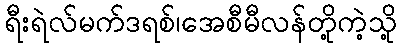
ရီးရဲလ်မက်ဒရစ်၊အေစီမီလန်တို့ကဲ့သို့